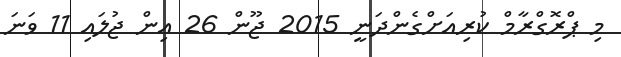
މި ޕްރޮގްރާމް ކުރިއަށްގެންދަނީ 2015 ޖޫން 26 އިން ޖުލައި 11 ވަނަ